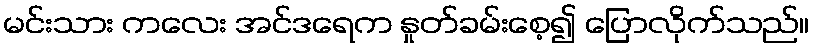
မင်းသား ကလေး အင်ဒရေက နှုတ်ခမ်းစေ့၍ ပြောလိုက်သည်။